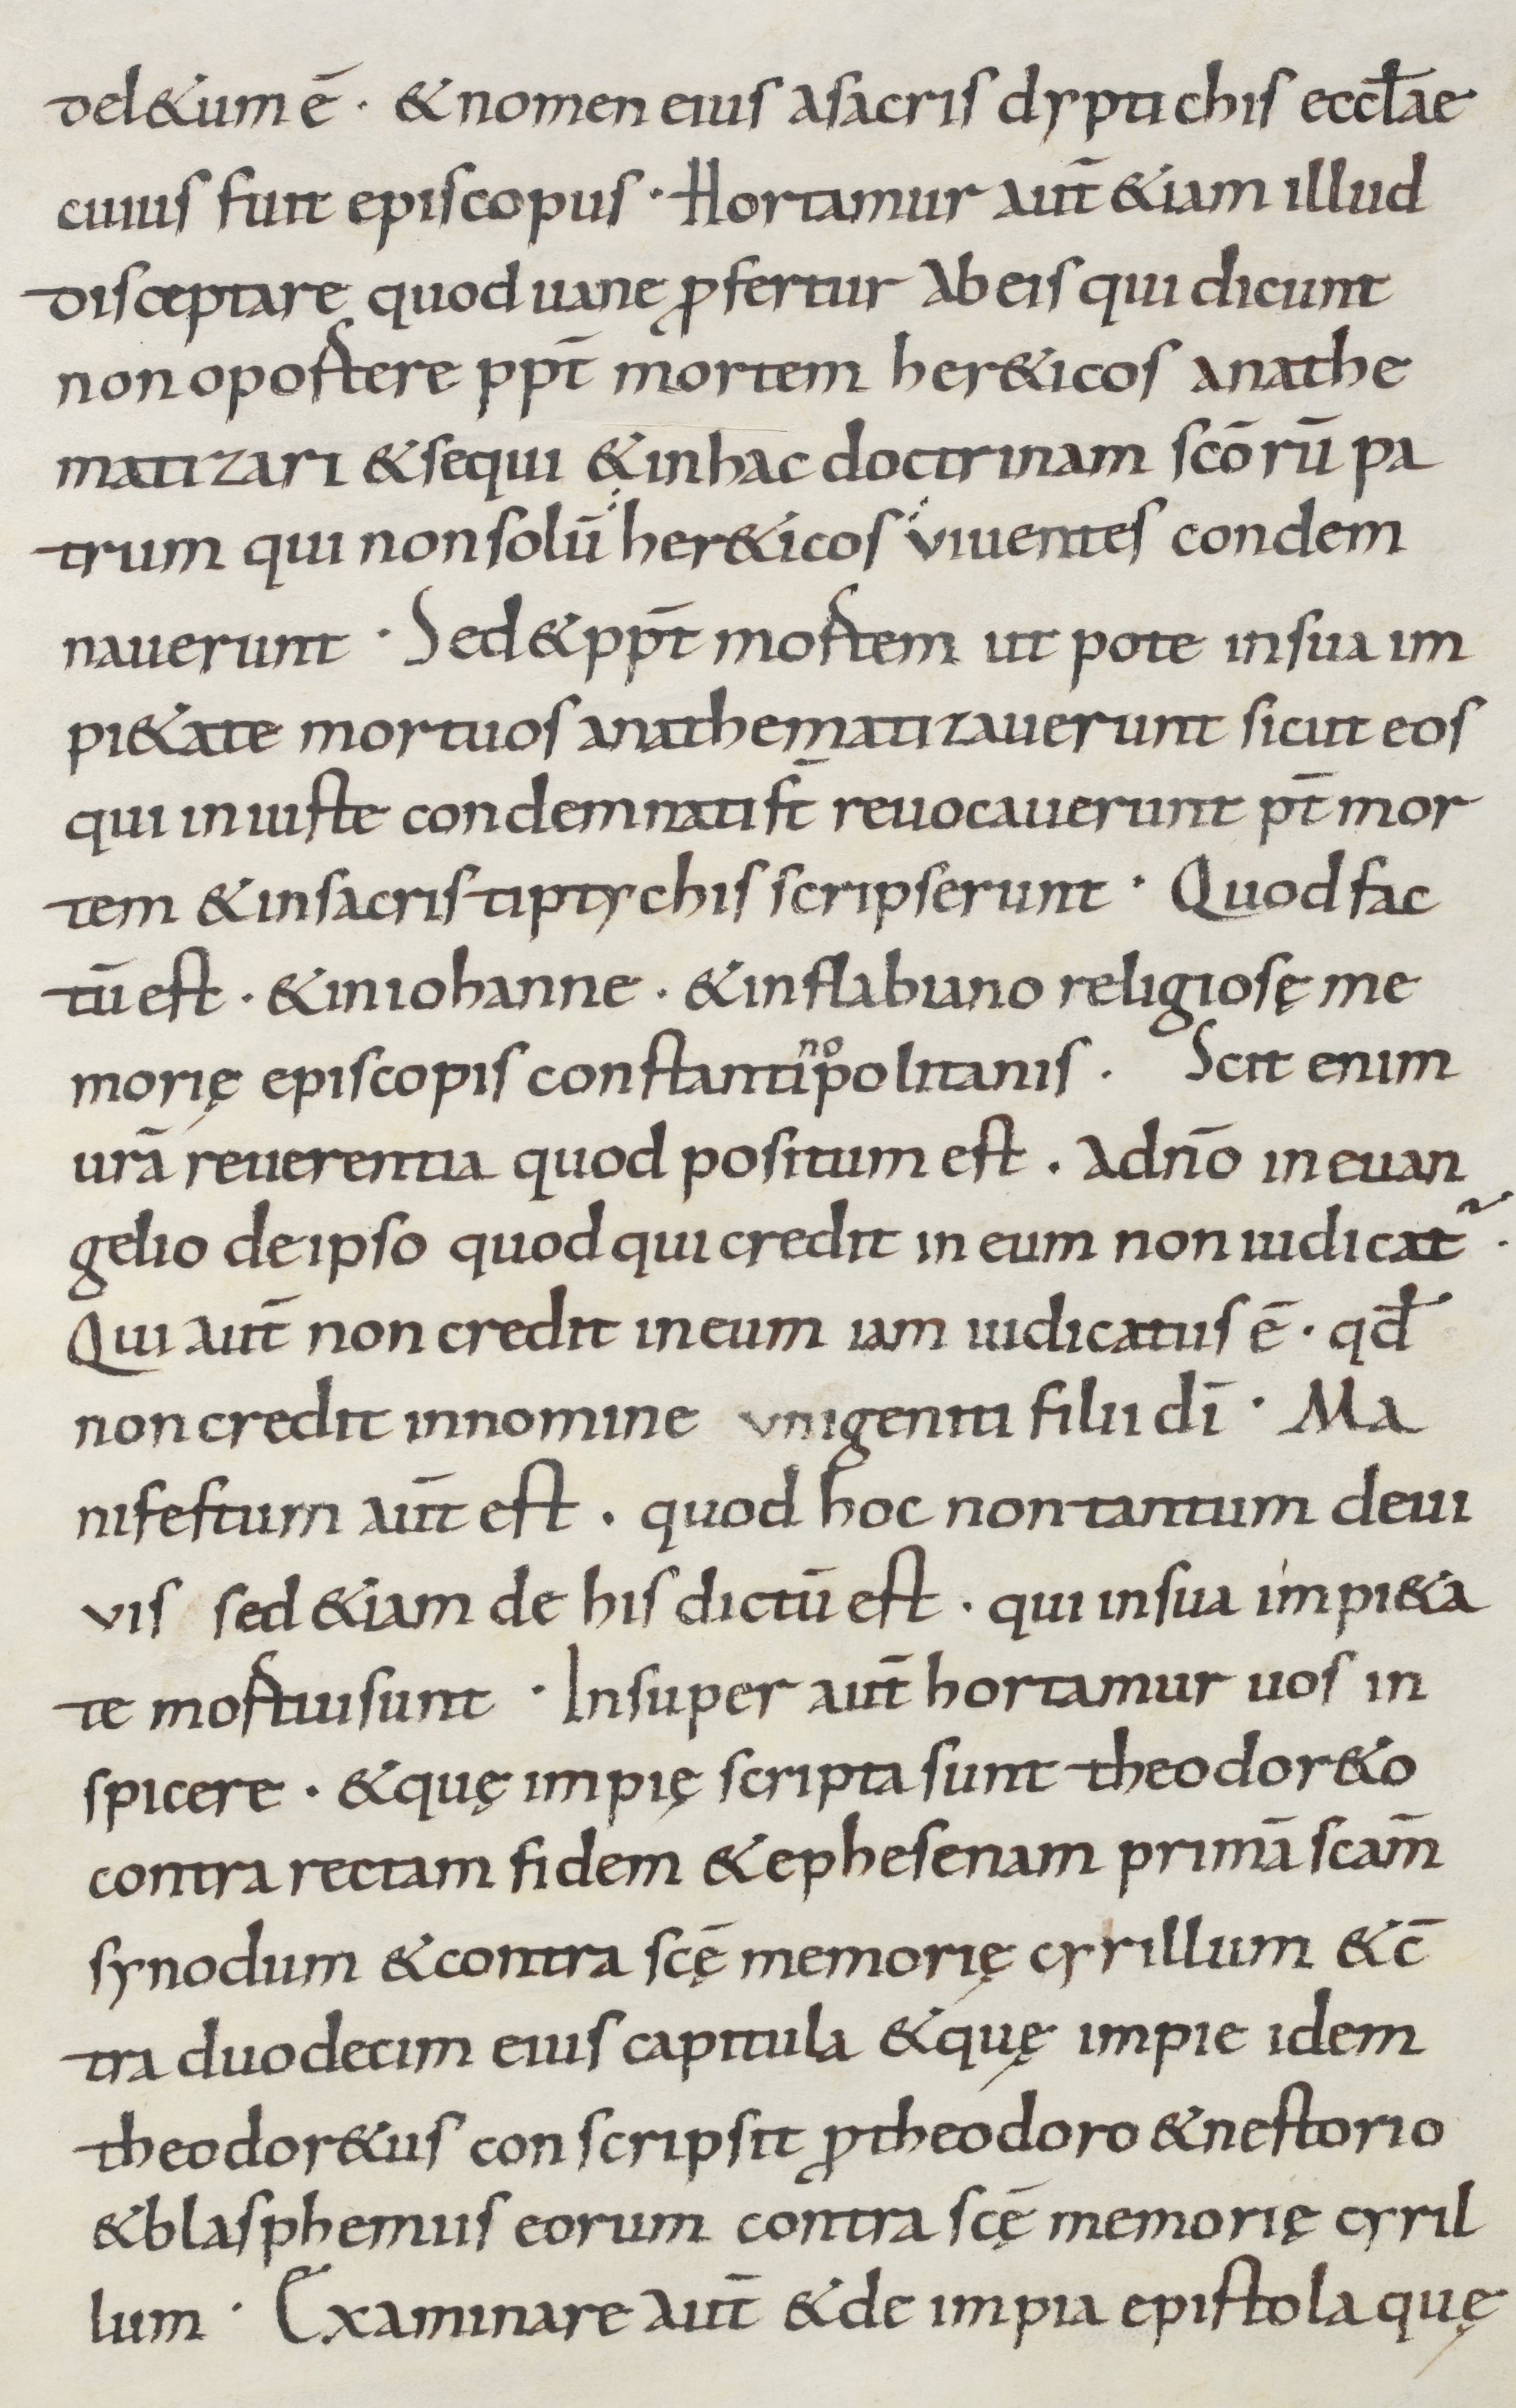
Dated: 800–899